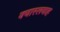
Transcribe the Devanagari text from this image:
क्वास्लवाह